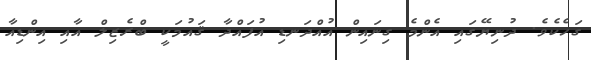
ގަހެކެވެ. ދުނިޔޭގައި އެންމެ ގިނައިން އުއްދަނޑި އުފައްދާ ޤައުމަކީ ބްރެޒިލް އާއި އިންޑިއާ